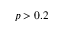
p > 0 . 2